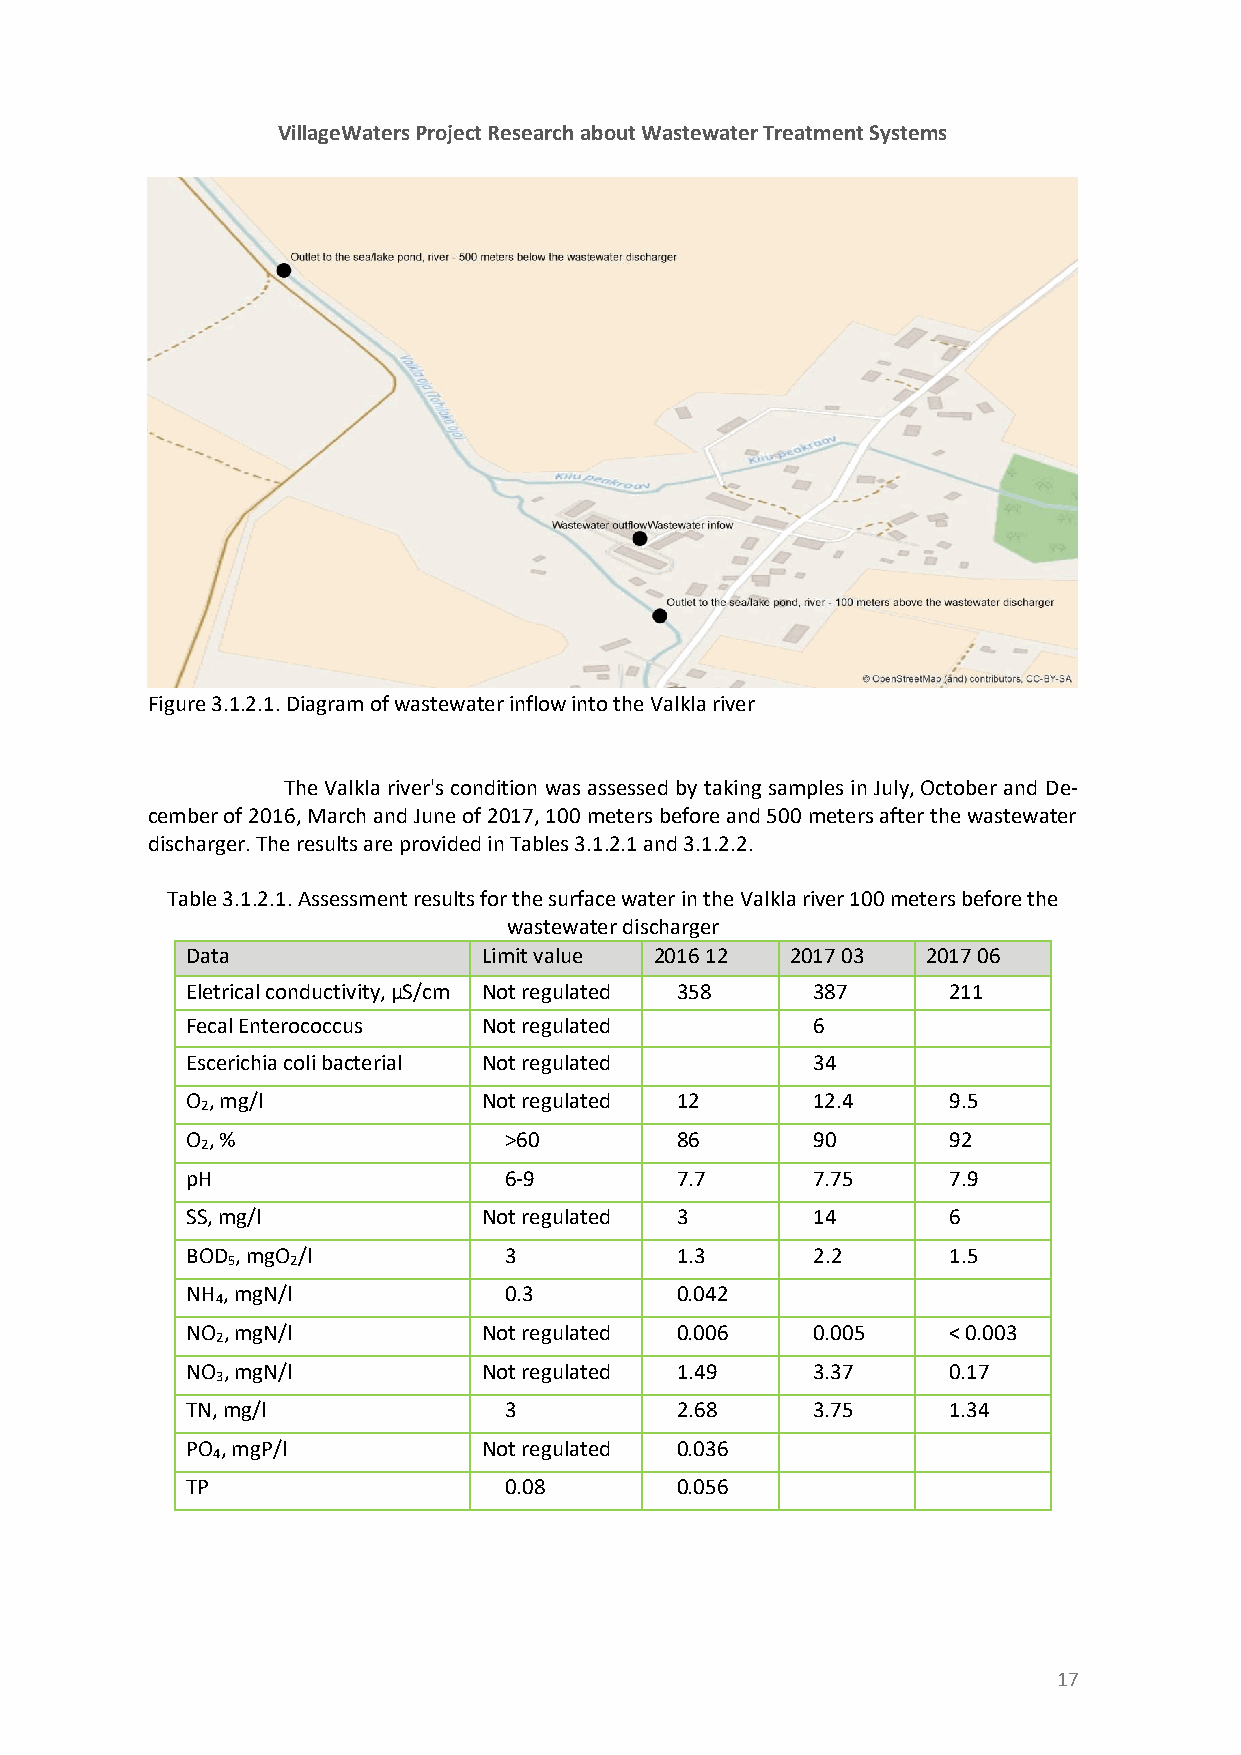
VillageWaters Project Research about Wastewater Treatment Systems
 Figure 3.1.2.1. Diagram of wastewater inflow into the Valkla river
 The Valkla river's condition was assessed by taking samples in July, October and De-
 cember of 2016, March and June of 2017, 100 meters before and 500 meters after the wastewater
 discharger. The results are provided in Tables 3.1.2.1 and 3.1.2.2.
 Table 3.1.2.1. Assessment results for the surface water in the Valkla river 100 meters before the
 wastewater discharger
 Data                Limit value 2016 12 2017 03  2017 06
 Eletrical conductivity, µS/cm Not regulated 358 387 211
 Fecal Enterococcus  Not regulated         6
 Escerichia coli bacterial Not regulated   34
 O , mg/l            Not regulated 12      12.4     9.5
 2
 O , %                >60         86       90       92
 2
 pH                   6-9         7.7      7.75     7.9
 SS, mg/l            Not regulated 3       14       6
 BOD , mgO /l         3           1.3      2.2      1.5
 5   2
 NH , mgN/l           0.3         0.042
 4
 NO , mgN/l          Not regulated 0.006   0.005    < 0.003
 2
 NO , mgN/l          Not regulated 1.49    3.37     0.17
 3
 TN, mg/l             3           2.68     3.75     1.34
 PO , mgP/l          Not regulated 0.036
 4
 TP                   0.08        0.056
 17